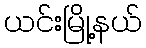
ယင်းမြို့နယ်